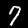
Label: 7